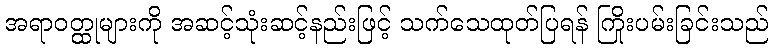
အရာဝတ္ထုများကို အဆင့်သုံးဆင့်နည်းဖြင့် သက်သေထုတ်ပြရန် ကြိုးပမ်းခြင်းသည်